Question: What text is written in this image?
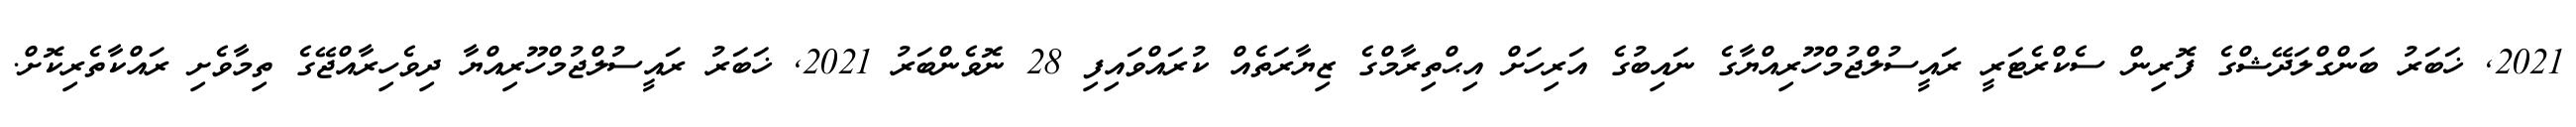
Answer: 2021, ޚަބަރު ބަންގްލަދޭޝްގެ ފޮރިން ސެކްރެޓަރީ ރައީސުލްޖުމްހޫރިއްޔާގެ ނައިބުގެ އަރިހަށް އިޙްތިރާމްގެ ޒިޔާރަތެއް ކުރައްވައިފި 28 ނޮވެންބަރު 2021, ޚަބަރު ރައީސުލްޖުމްހޫރިއްޔާ ދިވެހިރާއްޖޭގެ ތިމާވެށި ރައްކާތެރިކޮށް.